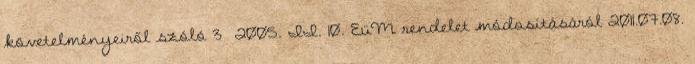
követelményeiről szóló 3 2005. II. 10. EüM rendelet módosításáról 2011.07.08.